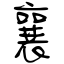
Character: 襄